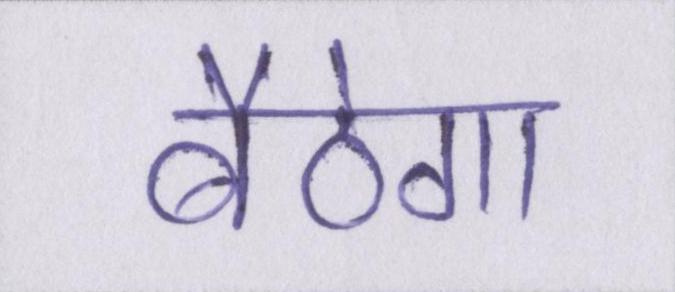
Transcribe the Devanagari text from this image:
बैठेगा